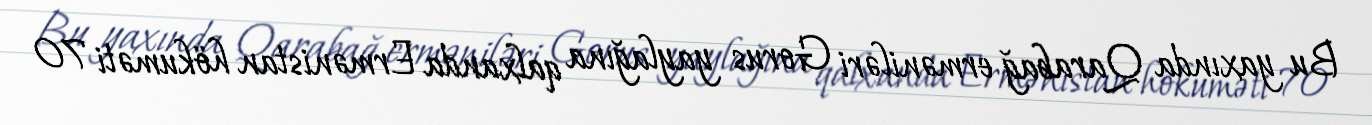
Bu yaxında Qarabağ erməniləri Gorus yaylağına qalxanda Ermənistan hökuməti 70